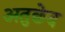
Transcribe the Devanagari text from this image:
अतुछेद